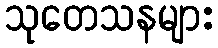
သုတေသနများ